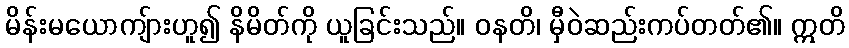
မိန်းမယောကျ်ားဟူ၍ နိမိတ်ကို ယူခြင်းသည်။ ဝနတိ၊ မှီဝဲဆည်းကပ်တတ်၏။ ဣတိ